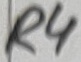
Text: R4